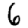
Digit: 6